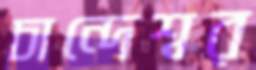
চান্দেশ্বর